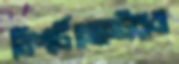
ডিপার্টমেন্টেরও